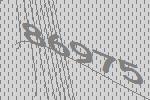
86975